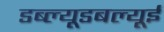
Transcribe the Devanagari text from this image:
डब्ल्यूडबल्यूई